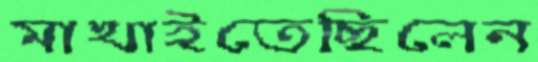
মাখাইতেছিলেন